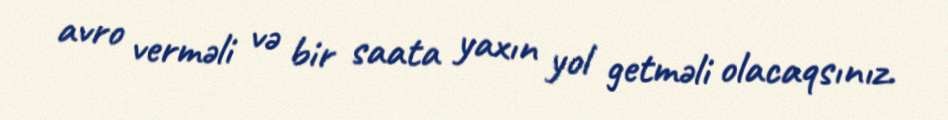
avro verməli və bir saata yaxın yol getməli olacaqsınız.